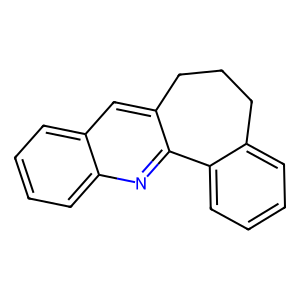
SMILES: c1ccc2c(c1)CCCc1cc3ccccc3nc1-2
Inhibits HIV replication: No